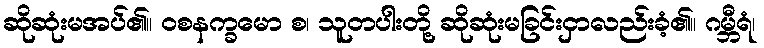
ဆိုဆုံးမအပ်၏။ ဝစနက္ခမော စ၊ သူတပါးတို့ ဆိုဆုံးမခြင်းငှာလည်းခံ့၏။ ဂမ္ဘီရံ၊